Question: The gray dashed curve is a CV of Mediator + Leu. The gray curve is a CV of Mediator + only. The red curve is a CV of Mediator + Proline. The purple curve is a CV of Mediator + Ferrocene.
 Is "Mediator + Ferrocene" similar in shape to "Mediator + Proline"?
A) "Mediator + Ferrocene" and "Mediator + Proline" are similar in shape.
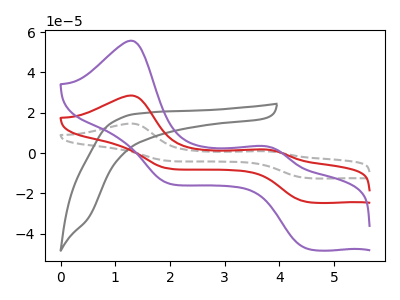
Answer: <think>The gray dashed curve "Mediator + Leu" has anodic peaks at (1.30V, 57.05uA) (3.75V, 3.50uA) and cathodic peaks at (4.50V, -48.40uA) (2.00V, -15.40uA). The gray curve "Mediator + only" has no peaks. The red curve "Mediator + Proline" has anodic peaks at (1.30V, 28.50uA) (3.75V, 1.75uA) and cathodic peaks at (4.50V, -24.20uA) (2.00V, -7.70uA). The purple curve "Mediator + Ferrocene" has anodic peaks at (1.30V, 55.75uA) (3.75V, 3.40uA) and cathodic peaks at (4.50V, -47.30uA) (2.00V, -15.05uA).
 All the peaks in "Mediator + Ferrocene" have a peak in "Mediator + Proline" at the same potential. Every peak in "Mediator + Ferrocene" is higher than every peak in "Mediator + Proline".</think>
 <answer>A) "Mediator + Ferrocene" and "Mediator + Proline" are similar in shape.</answer>
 <eval>A</eval>